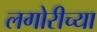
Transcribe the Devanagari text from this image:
लगोरीच्या